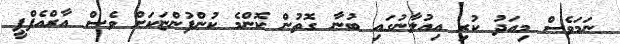
ނަމަވެސް މިއަދު ކުރި އިއުލާނުގައި ބުނާ ގޮތުން ކޮންމެ ކުންފުންޏަކަށް ވެސް އާރްއެފްޕީ